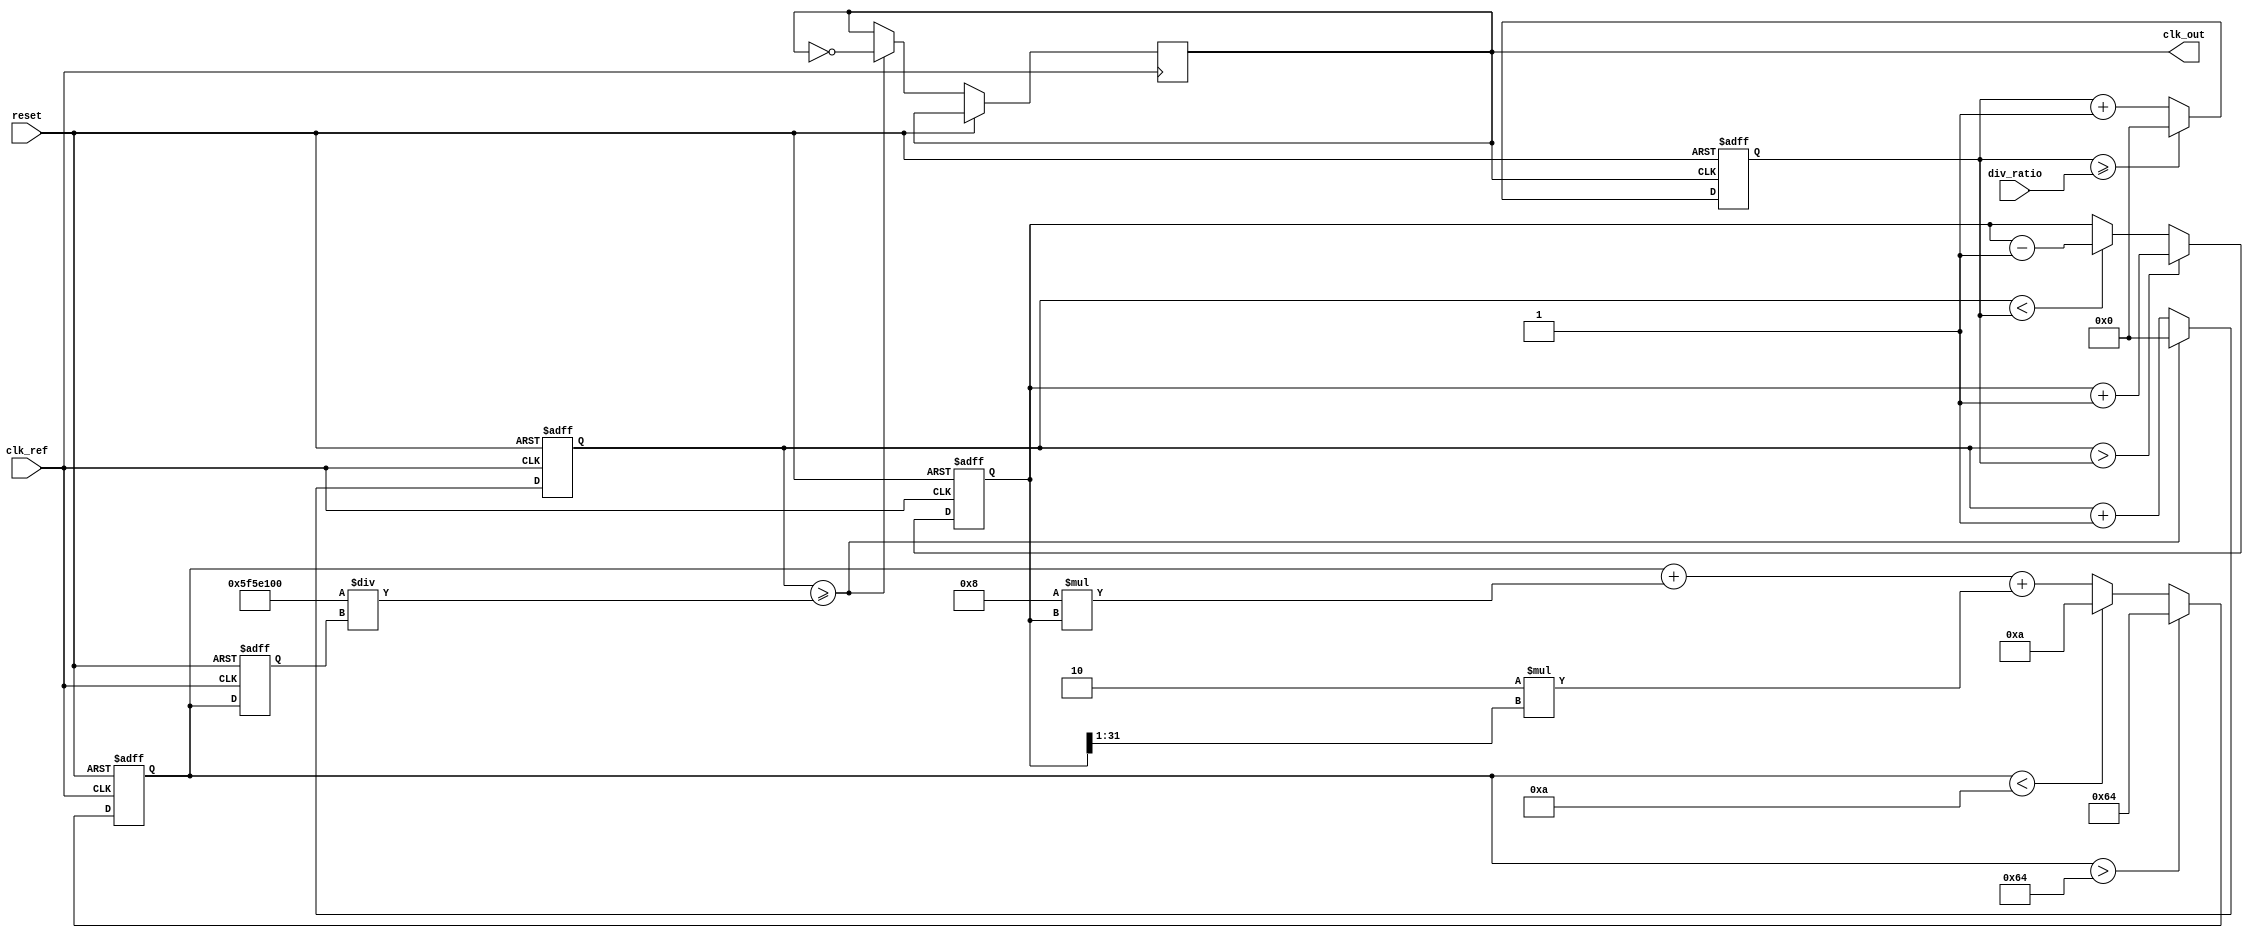
module type2_pll (
    input wire clk_ref,          // Reference clock input
    input wire reset,            // Asynchronous reset
    input wire [3:0] div_ratio,  // Programmable division ratio for feedback
    output reg clk_out           // Output clock
);

    // Parameters for the loop filter
    parameter Kp = 8;            // Proportional gain
    parameter Ki = 2;            // Integral gain
    parameter VCO_MAX_FREQ = 100; // Maximum VCO frequency
    parameter VCO_MIN_FREQ = 10;  // Minimum VCO frequency

    // Internal signals
    reg [31:0] phase_error;      // Phase error signal
    reg [31:0] control_voltage;   // Control voltage for VCO
    reg [31:0] vco_freq;          // Current VCO frequency
    reg [31:0] vco_counter;       // VCO counter for generating output clock
    reg [31:0] feedback_counter;   // Feedback counter for division
    reg [31:0] feedback_divider;   // Feedback divider value

    // Phase Detector (PD)
    always @(posedge clk_ref or posedge reset) begin
        if (reset) begin
            phase_error <= 0;
        end else begin
            // Simple phase detection logic (could be more complex)
            if (vco_counter > feedback_counter) begin
                phase_error <= phase_error + 1; // VCO is ahead
            end else if (vco_counter < feedback_counter) begin
                phase_error <= phase_error - 1; // VCO is behind
            end
        end
    end

    // Loop Filter (Type-2)
    always @(posedge clk_ref or posedge reset) begin
        if (reset) begin
            control_voltage <= 0;
        end else begin
            // Proportional and Integral control
            control_voltage <= control_voltage + (Kp * phase_error) + (Ki * (phase_error >> 1));
            // Clamp control voltage to VCO frequency range
            if (control_voltage > VCO_MAX_FREQ) begin
                control_voltage <= VCO_MAX_FREQ;
            end else if (control_voltage < VCO_MIN_FREQ) begin
                control_voltage <= VCO_MIN_FREQ;
            end
        end
    end

    // Voltage-Controlled Oscillator (VCO)
    always @(posedge clk_ref or posedge reset) begin
        if (reset) begin
            vco_freq <= VCO_MIN_FREQ; // Start at minimum frequency
            vco_counter <= 0;
        end else begin
            // Update VCO frequency based on control voltage
            vco_freq <= control_voltage;
            // Generate output clock based on VCO frequency
            if (vco_counter >= (100000000 / vco_freq)) begin // Assuming clk_ref is 100MHz
                clk_out <= ~clk_out; // Toggle output clock
                vco_counter <= 0;
            end else begin
                vco_counter <= vco_counter + 1;
            end
        end
    end

    // Feedback Divider
    always @(posedge clk_out or posedge reset) begin
        if (reset) begin
            feedback_counter <= 0;
        end else begin
            feedback_counter <= feedback_counter + 1;
            if (feedback_counter >= div_ratio) begin
                feedback_counter <= 0; // Reset feedback counter
            end
        end
    end

endmodule